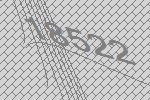
18522